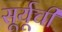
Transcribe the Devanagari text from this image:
सूर्यूची